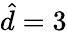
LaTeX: \hat{d}=3